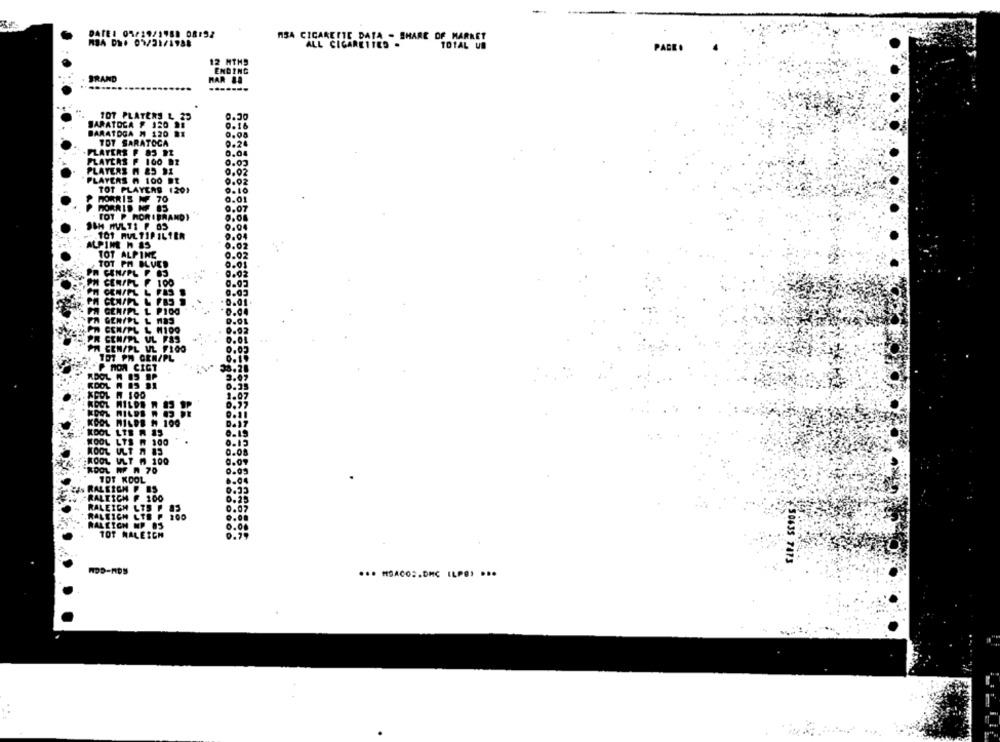
DATEI 05/19/1980 08:92
MBA CIGARETTE DA
THE DATA - SHARE OF MARKET
TOTAL UD
PAGE
12 MTHS
ENDING
BRAND
HAR LA
TOT PLATERS L 25
0.30
SARATOGA # 120 21
0.16
BARATOGA # 120
TOT SARATOGA
0.24
FLAYERS P 85 91
0.04
PLAYERS F 100 DI
0.02
PLAYERS M &5 91
9.92
PLAYERS . 100 BE
TOT PLAYERS 1201
MORRIS ₩F 70
TOT P. HOR IBRANDY
101 RUL TIP IL1ER
ALPINE H 15
TOT ALPINE
PH BLUCD
W CENSPL F OS
H CERIAL
F 100
PAS
W GENIFL L PIOG
GENTPL L NOS
CEN/PL L M100
OR CEN/PL UL FSS
PA CEN/PL UL FIGO
107 PM GEN/PL
P NON CIGT
ADOL
KDOL A 15 91
KOOL MILDE # 199
KOOL LTB R 15
HOOL LTS W 100
KOOL ULT A 15
KOOL ULT A 100
KOOL MF N 70
TOT KOOL
RALEIGH F BS
RALTICH F 100
RALEIGH LTS P SE
RALEIGH LTE P 100
RALEIGH MP 05
TOT NALEICH
HDD-RDS
... MSACOS.DMC ILPB) ...